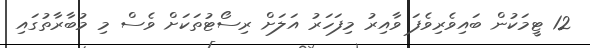
12 ޓީމަކުން ބައިވެރިވެފަ ވާއިރު މިފަހަރު އަލަށް ރިސޯޓުތަކަށް ވެސް މި މުބާރާތުގައި